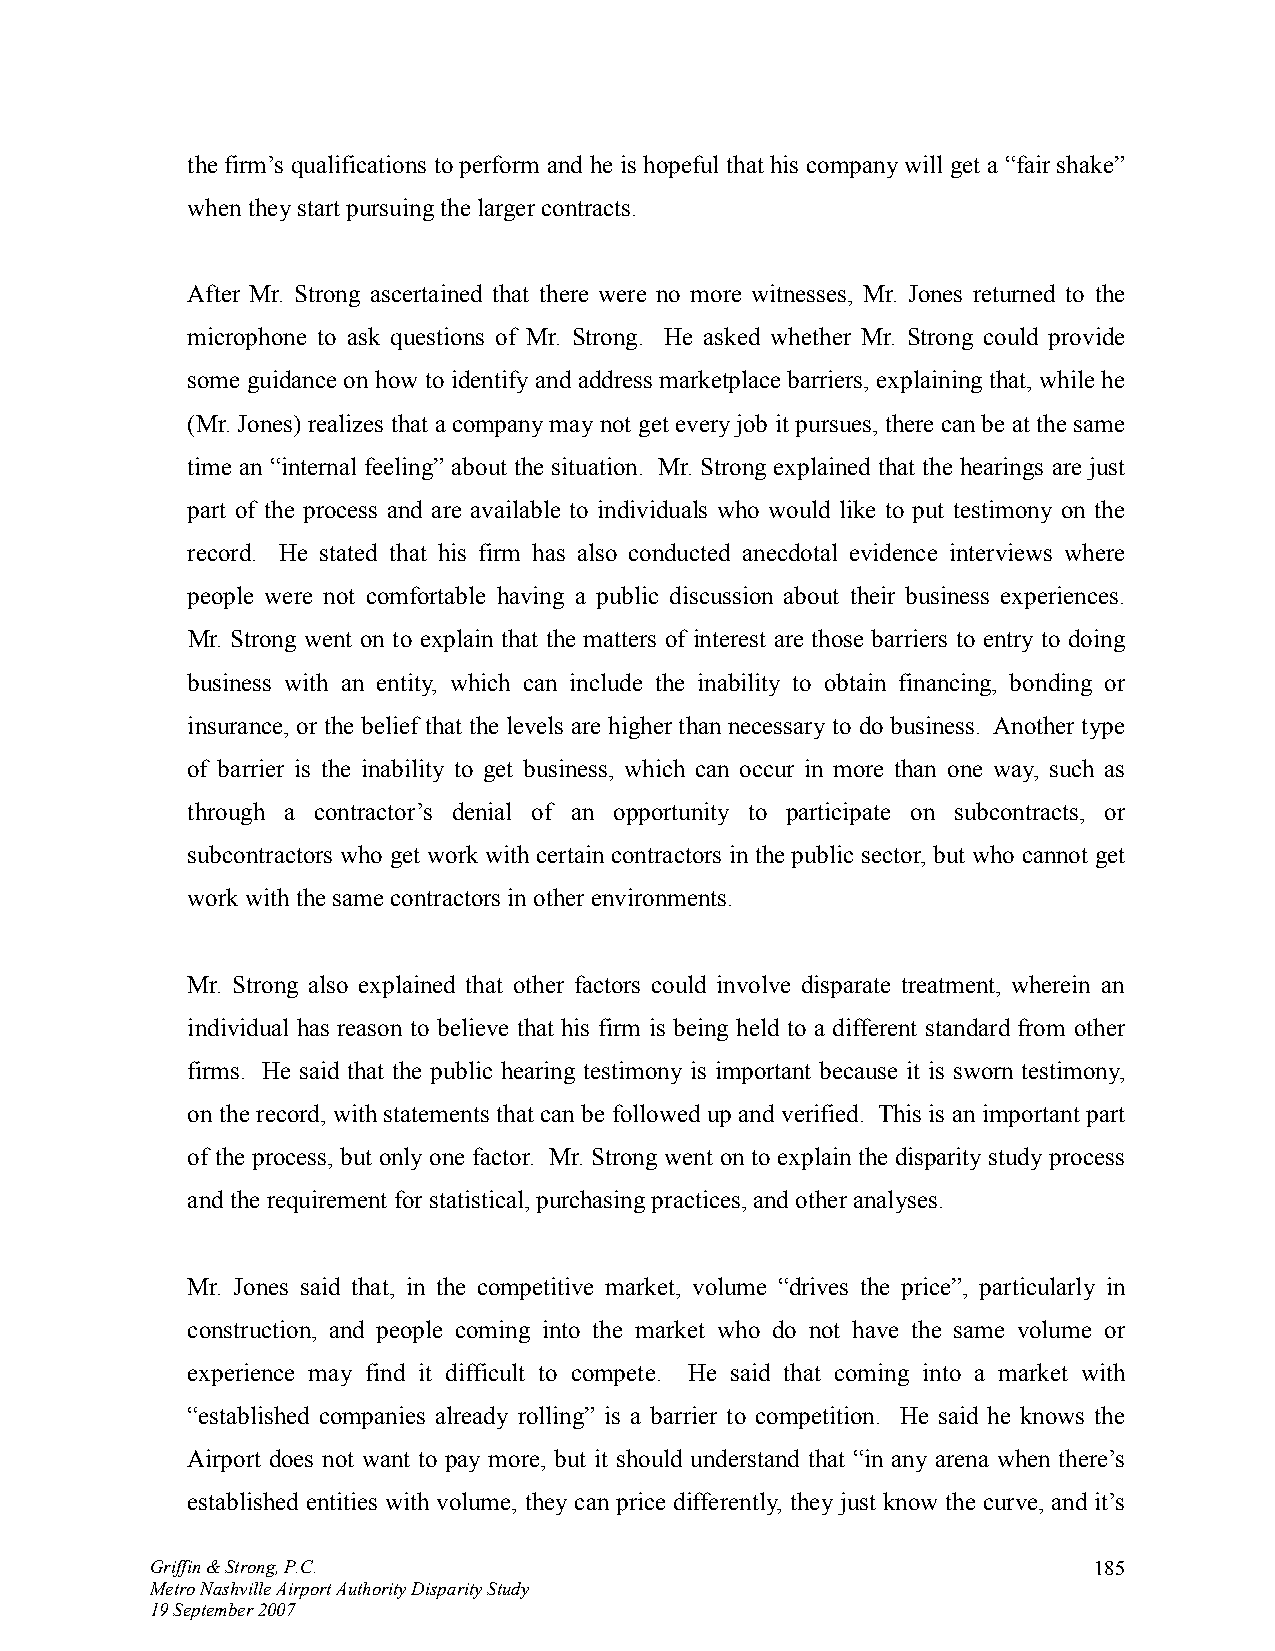
the firm’s qualifications to perform and he is hopeful that his company will get a “fair shake”
 when they start pursuing the larger contracts.
 After Mr. Strong ascertained that there were no more witnesses, Mr. Jones returned to the
 microphone to ask questions of Mr. Strong. He asked whether Mr. Strong could provide
 some guidance on how to identify and address marketplace barriers, explaining that, while he
 (Mr. Jones) realizes that a company may not get every job it pursues, there can be at the same
 time an “internal feeling” about the situation. Mr. Strong explained that the hearings are just
 part of the process and are available to individuals who would like to put testimony on the
 record. He stated that his firm has also conducted anecdotal evidence interviews where
 people were not comfortable having a public discussion about their business experiences.
 Mr. Strong went on to explain that the matters of interest are those barriers to entry to doing
 business with an entity, which can include the inability to obtain financing, bonding or
 insurance, or the belief that the levels are higher than necessary to do business. Another type
 of barrier is the inability to get business, which can occur in more than one way, such as
 through a contractor’s denial of an opportunity to participate on subcontracts, or
 subcontractors who get work with certain contractors in the public sector, but who cannot get
 work with the same contractors in other environments.
 Mr. Strong also explained that other factors could involve disparate treatment, wherein an
 individual has reason to believe that his firm is being held to a different standard from other
 firms. He said that the public hearing testimony is important because it is sworn testimony,
 on the record, with statements that can be followed up and verified. This is an important part
 of the process, but only one factor. Mr. Strong went on to explain the disparity study process
 and the requirement for statistical, purchasing practices, and other analyses.
 Mr. Jones said that, in the competitive market, volume “drives the price”, particularly in
 construction, and people coming into the market who do not have the same volume or
 experience may find it difficult to compete. He said that coming into a market with
 “established companies already rolling” is a barrier to competition. He said he knows the
 Airport does not want to pay more, but it should understand that “in any arena when there’s
 established entities with volume, they can price differently, they just know the curve, and it’s
 Griffin & Strong, P.C.                                        185
 Metro Nashville Airport Authority Disparity Study
 19 September 2007